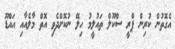
އެގޮތުން ކުރިން ޕްރީ ސްކޫލް ތައުލީމު ހިލޭ ނުކޮށްދެވި އޮތް މާލެއާއި އައްޑޫ